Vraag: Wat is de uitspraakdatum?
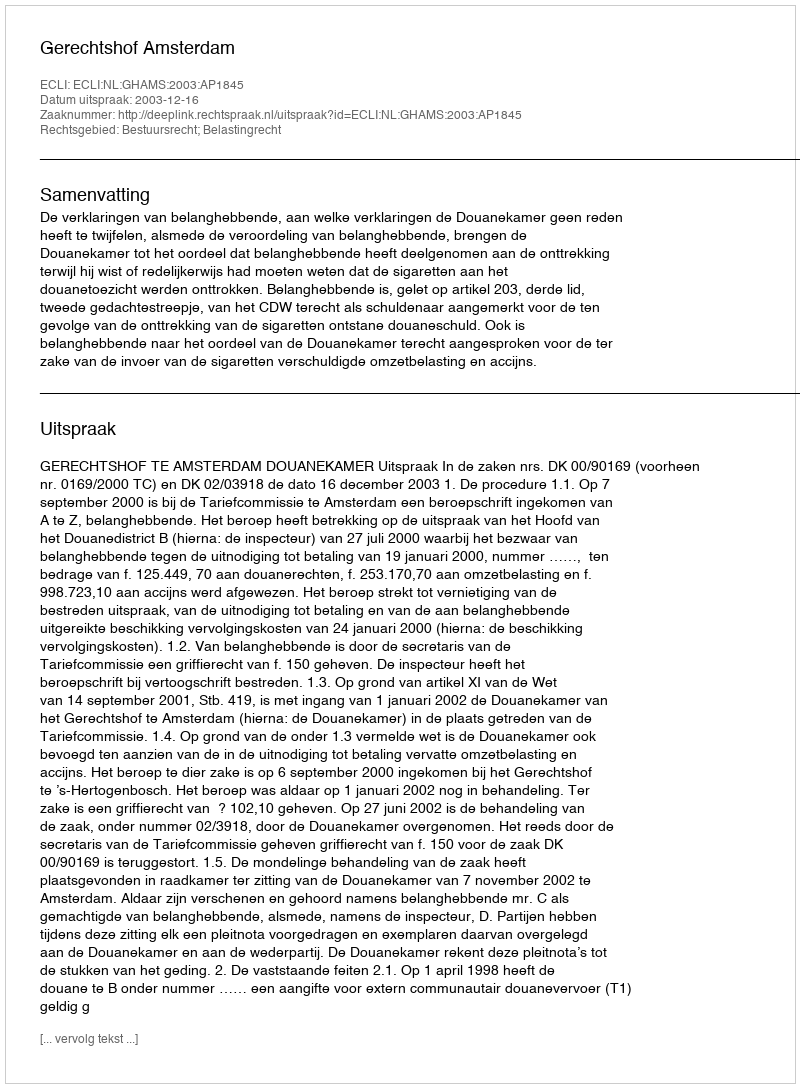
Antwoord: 2003-12-16